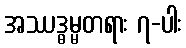
အဿဒ္ဓမ္မတရား ၇-ပါး